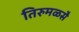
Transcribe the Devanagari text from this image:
तिरुमळसै